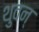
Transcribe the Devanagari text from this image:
थुवन्